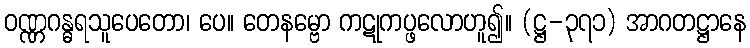
ဝဏ္ဏဂန္ဓရသူပေတော၊ ပေ။ တေနမ္ဗော ကဋုကပ္ဖလောဟူ၍။ (ဋ္ဌ-၃၇၁) အာဂတဋ္ဌာနေ